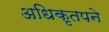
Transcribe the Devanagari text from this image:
अधिकृतपने